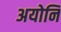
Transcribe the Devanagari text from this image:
अयोनि